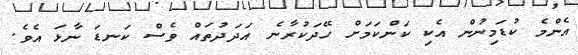
އެންމެ ކުޑަމިނުން އެކި ކަންކަމަށް ހޭދަކުރާނެ އަދަދުތައް ވެސް ކަނޑަ ނާޅަ އެވެ.